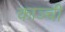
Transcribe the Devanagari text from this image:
काञ्ची